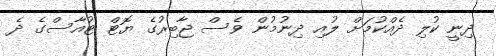
ދިނީ ކުލި ދެއްކުމަށް ލުއި ދިނުމުން ވެސް ޖާބިރުގެ ޔޮޓް ޓުއާސްގެ ދެ